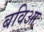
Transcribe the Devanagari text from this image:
बविआ